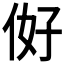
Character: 𱎭